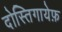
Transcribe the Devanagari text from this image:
दोस्तिगायेफ़